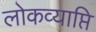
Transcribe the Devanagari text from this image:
लोकव्याप्ति